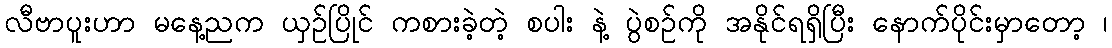
လီဗာပူးဟာ မနေ့ညက ယှဉ်ပြိုင် ကစားခဲ့တဲ့ စပါး နဲ့ ပွဲစဉ်ကို အနိုင်ရရှိပြီး နောက်ပိုင်းမှာတော့ ၊